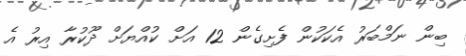
ބިން ނަމްބަރު އެކަކުން ފެށިގެން 12 އަށް ކުއްޔަށް ދޫކުރާ އިރު އެ